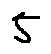
5